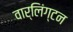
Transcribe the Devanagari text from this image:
वार्लिंग्टन